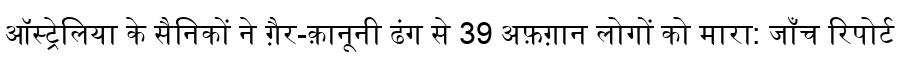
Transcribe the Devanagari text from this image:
ऑस्ट्रेलिया के सैनिकों ने ग़ैर-क़ानूनी ढंग से 39 अफ़ग़ान लोगों को मारा: जाँच रिपोर्ट